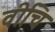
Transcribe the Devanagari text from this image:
वीचि